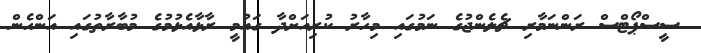
ސީސްޕޯޓްސް ރަންނަމާރި ޗެލެންޖުގެ ނަމުގައި މިހާރު ކުރިއަށްދާ ގައުމީ ރާޅާއެޅުމުގެ މުބާރާތުގައި އަންހެން